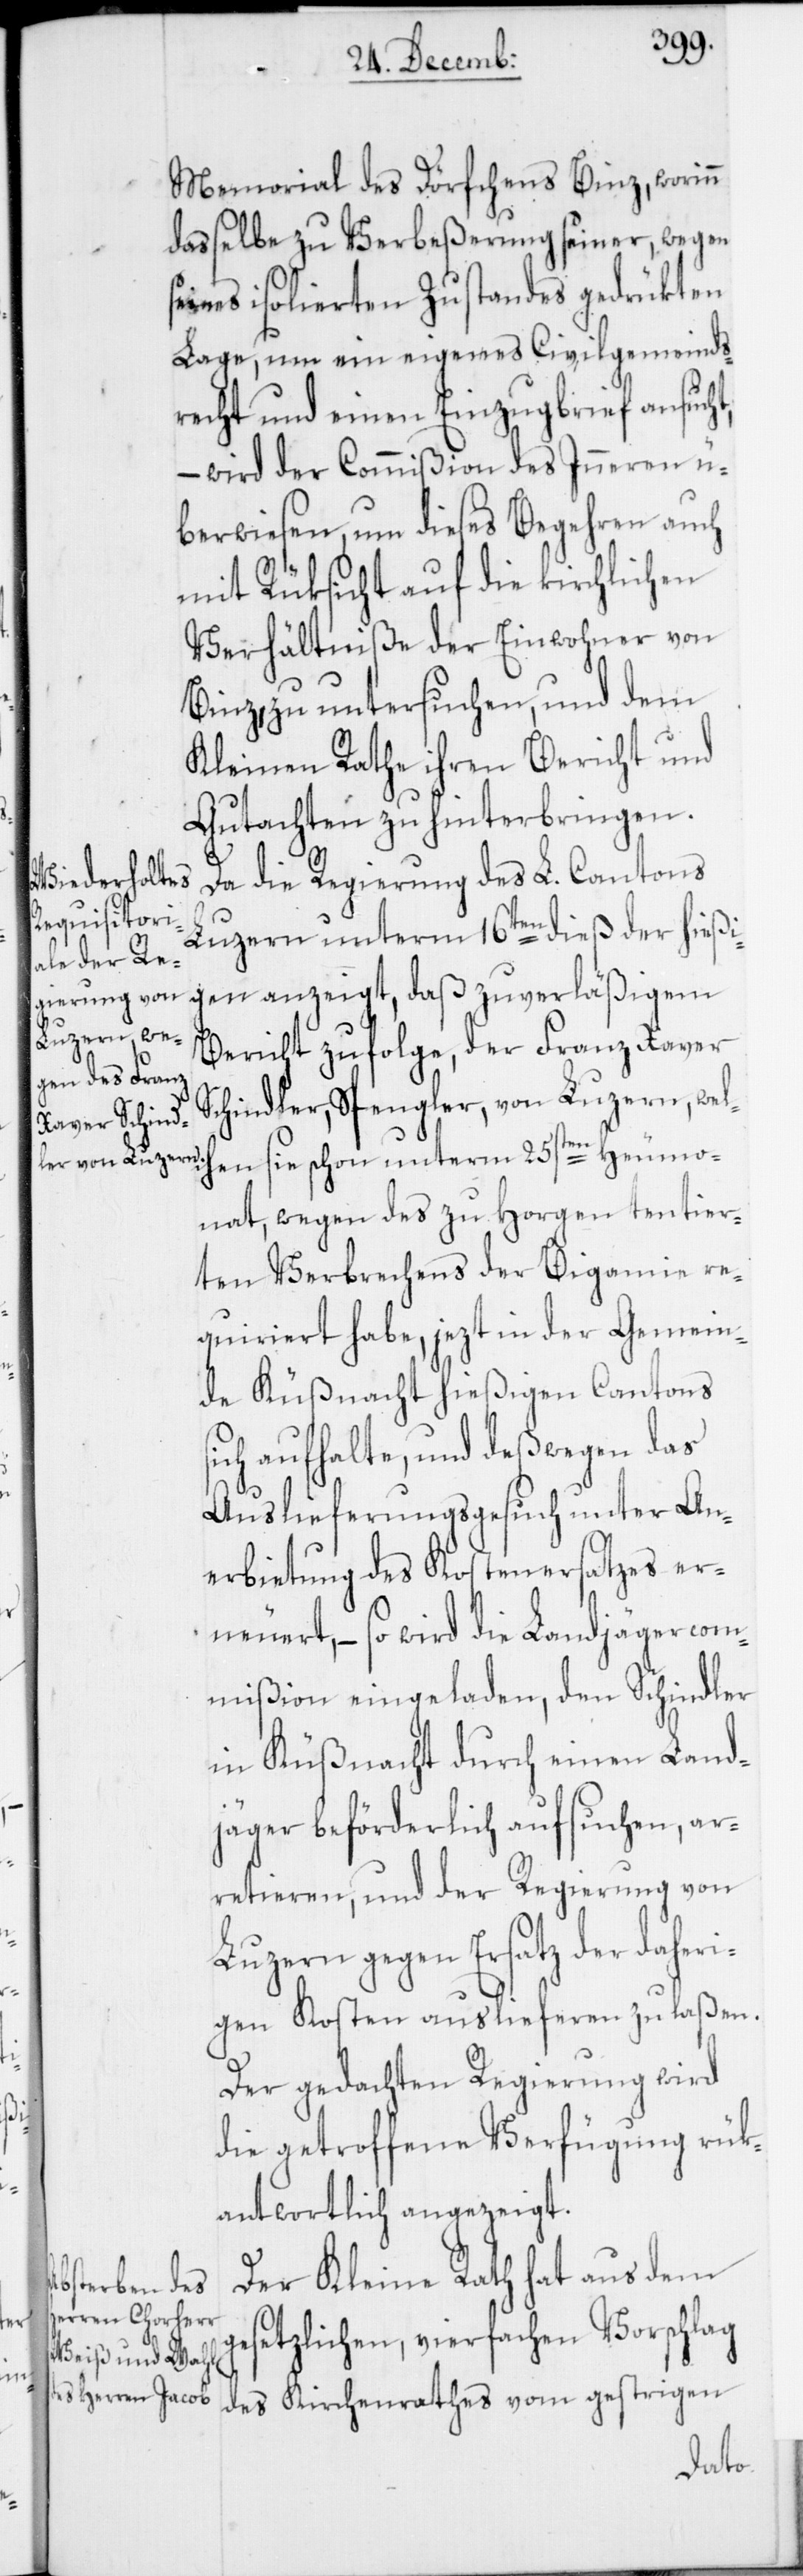
s¬

Memorial des Dörfchens Binz, worinn
dasselbe zu Verbeßerung seiner, wegen
eines isolierten Zustandes gedrükten
Lage, um ein eigenes Civilgemeinds¬
recht und einen Einzugbrief ansuch¬
– wird der Commißion des Inneren ü¬
berwiesen, um dieses Begehren auch
mit Rüksicht auf die kirchlichen
Verhältniße der Einwohner von
Binz, zu untersuchen, und dem
Kleinen Rathe ihren Bericht und
Gutachten zu hinterbingen.
Da die Regierung des L. Cantons
Luzern unterm 16ten dieß der hießi¬
gen anzeigt, daß zuverläßigem
Bericht zufolge, der Franz Xaver
Schindler, Spengler, von Luzern, welc¬
nat, wegen des zu Horgen tentier¬
ten Verbrechens der Bigamie re¬
quiriert habe, jezt in der Gemein¬
de Küßnacht hießigen Cantons
ich aufhalte, und deßwegen das
Auslieferungsgesuch unter An¬
erbietung des Kostenersatzes er¬
neuert, – so wird die Landjägercom¬
mißion eingeladen, den Schindler
in Küßnacht durch einen Land¬
jäger beförderlich aufsuchen, ar¬
retieren, und der Regierung von
Luzern gegen Ersatz der daher¬
igen Kosten auslieferen zu laßen.
Der gedachten Regierung wird
die getroffene Verfügung rük¬
antwortlich angezeigt.
Der Kleine Rath hat aus dem
gesetzlichen, vierfachen Vorschlag
des Kirchenrathes vom gestrigen